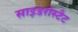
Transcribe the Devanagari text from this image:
साइडरोस्टैट